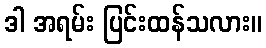
ဒါ အရမ်း ပြင်းထန်သလား။